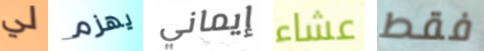
لي يهزم إيماني عشاء فقط